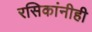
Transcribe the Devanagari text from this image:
रसिकांनीही